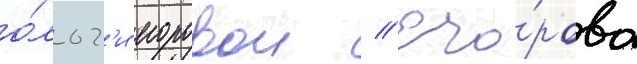
о́льг'и егоровои // Его́рова